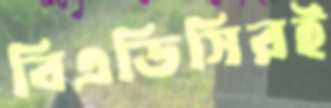
বিএডিসিরই